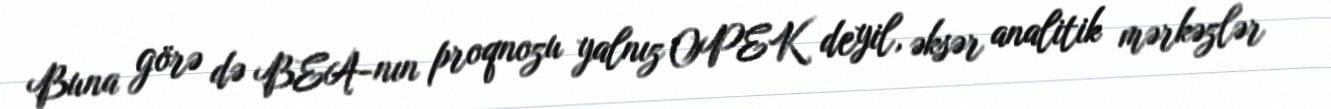
Buna görə də BEA-nın proqnozu yalnız OPEK deyil, əksər analitik mərkəzlər